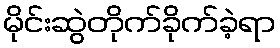
မိုင်းဆွဲတိုက်ခိုက်ခဲ့ရာ